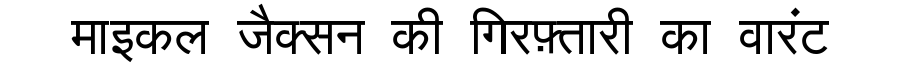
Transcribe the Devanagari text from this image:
माइकल जैक्सन की गिरफ़्तारी का वारंट